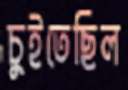
চুইতেছিল